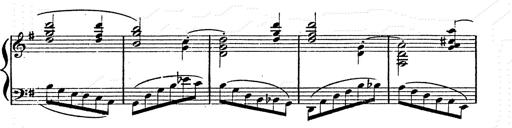
Title: Franz Schuberts geistliche Lieder
Composer: Franz Liszt